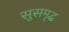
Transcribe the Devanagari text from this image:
सुसमृद्ध